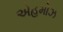
એહમોઝ